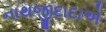
નાથજીદાદાએ